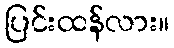
ပြင်းထန်လား။